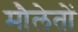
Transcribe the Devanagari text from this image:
मौलेतों